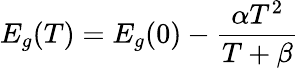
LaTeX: E_{g}(T)=E_{g}(0)-{\frac{\alpha T^{2}}{T+\beta}}